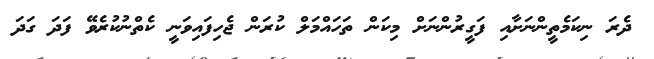
ދެރަ ނިކަމެތީންނަށާއި ފަގީރުންނަށް މިކަން ތަހައްމަލް ކުރަން ޖެހިފައިވަނީ ކެތްނުކުރެވޭ ފަދަ ގަދަ